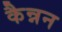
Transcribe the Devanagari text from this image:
कैन्नन